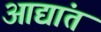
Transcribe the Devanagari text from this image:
आद्यांत